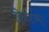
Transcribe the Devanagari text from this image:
क्रिस्टल्स